Vaccination in the Punjab 1867-1880 - 1867-1880
Year: 1867
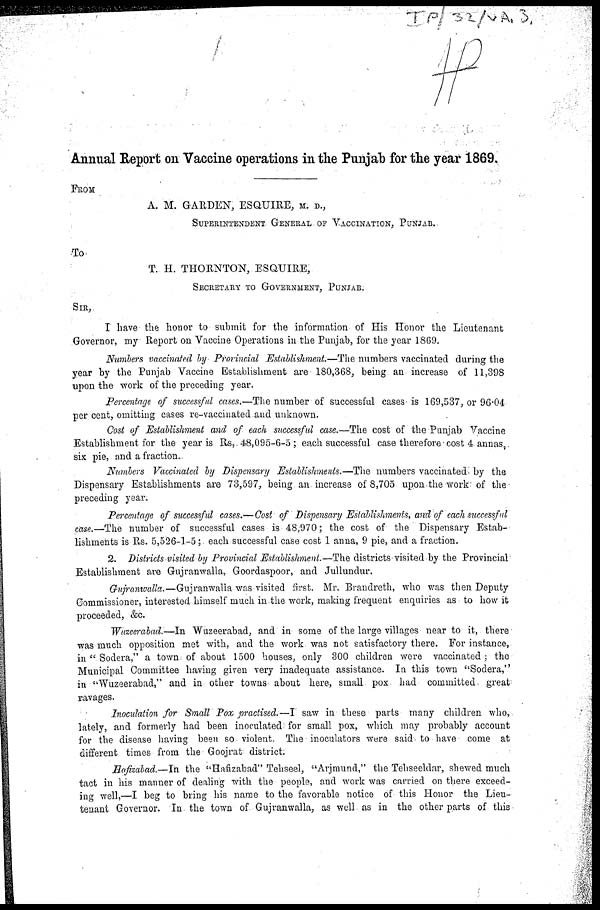
Annual Report on Vaccine operations in the Punjab for the year 1869,
FROM
A. M. GARDEN, ESQUIRE, M. D.,
SUPERINTENDENT GENERAL OF VACCINATION, PUNJAB.
To
T. H. THORNTON, ESQUIRE,
SECRETARY TO GOVERNMENT, PUNJAB.
SIR,
I have the honor to submit for the information of His Honor the Lieutenant
Governor, my Report on Vaccine Operations in the Punjab, for the year 1869.
Numbers vaccinated by Provincial Establishment.—The numbers vaccinated during the
year by the Punjab Vaccine Establishment are 180,368, being an increase of 11,398
upon the work of the preceding year.
Percentage of successful cases.—The number of successful cases is 169,537, or 96.04
per cent, omitting cases re-vaccinated and unknown.
Cost of Establishment and of each successful case.—The cost of the Punjab Vaccine
Establishment for the year is Rs, 48,095-6-5 ; each successful case therefore cost 4 annas,
six pie, and a fraction.
Numbers Vaccinated by Dispensary Establishments.—The numbers vaccinated by the
Dispensary Establishments are 73,597, being an increase of 8,705 upon the work of the
preceding year.
Percentage of successful cases.—Cost of Dispensary Establishments, and of each successful
case.—The number of successful cases is 48,970; the cost of the Dispensary Estab-
lishments is Rs. 5,526-1-5; each successful case cost 1 anna, 9 pie, and a fraction.
2. Districts visited by Provincial Establishment.—The districts visited by the Provincial
Establishment are Gujranwalla, Goordaspoor, and Jullundur.
Gujranwalla.—Gujranwalla was visited first. Mr. Brandreth, who was then Deputy
Commissioner, interested himself much in the work, making frequent enquiries as to how it
proceeded, &c.
Wuzeerabad.—In Wuzeerabad, and in some of the large villages near to it, there
was much opposition met with, and the work was not satisfactory there. For instance,
in " Sodera," a town of about 1500 houses, only 300 children were vaccinated ; the
Municipal Committee having given very inadequate assistance. In this town "Sodera,"
in "Wuzeerabad," and in other towns about here, small pox had committed great
ravages.
Inoculation for Small Pox practised.—I saw in these parts many children who,
lately, and formerly had been inoculated for small pox, which may probably account
for the disease having been so violent. The inoculators were said to have come at
different times from the Goojrat district.
Hafizabad.—In the "Hafizabad" Tehseel, "Arjmund," the Tehseeldar, shewed much
tact in his manner of dealing with the people, and work was carried on there exceed-
ing well,—I beg to bring his name to the favorable notice of this Honor the Lieu-
tenant Governor. In the town of Gujranwalla, as well as in the other parts of this